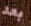
بعد